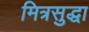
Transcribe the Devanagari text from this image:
मित्रसुद्धा